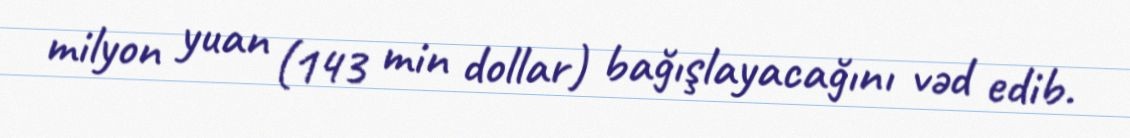
milyon yuan (143 min dollar) bağışlayacağını vəd edib.